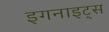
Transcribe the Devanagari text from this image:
इगनाइट्स